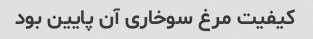
کیفیت مرغ سوخاری آن پایین بود